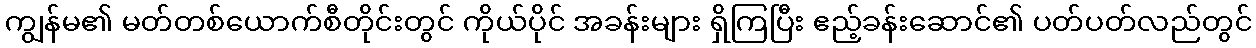
ကျွန်မ၏ မတ်တစ်ယောက်စီတိုင်းတွင် ကိုယ်ပိုင် အခန်းများ ရှိကြပြီး ဧည့်ခန်းဆောင်၏ ပတ်ပတ်လည်တွင်